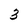
Character: 3